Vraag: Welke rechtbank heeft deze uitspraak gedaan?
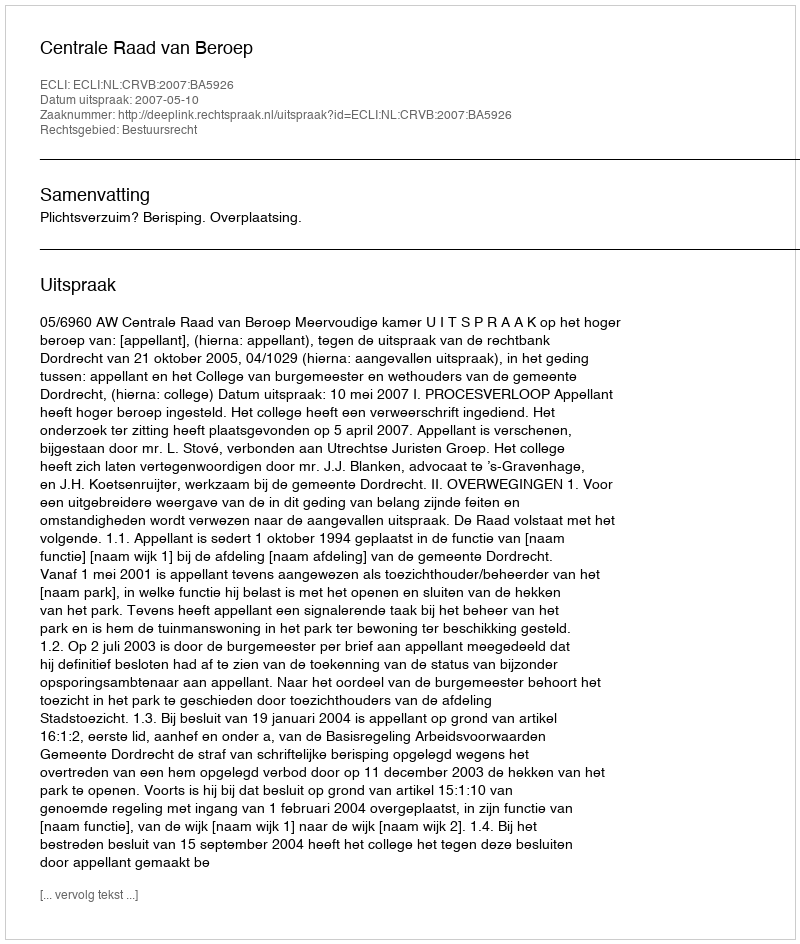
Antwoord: Centrale Raad van Beroep